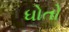
ધોતો